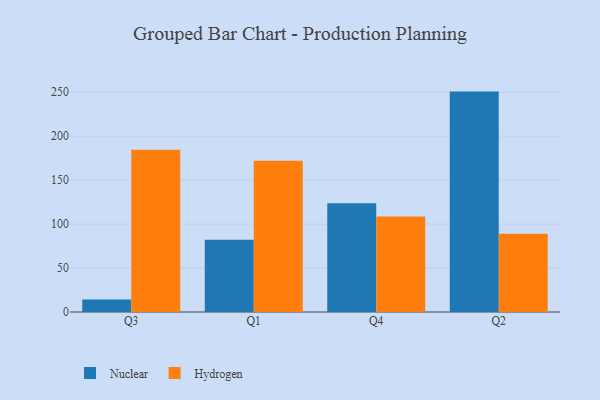
{"axis": {"x": "Quarter", "y": "Budget (USD K)"}, "legend": ["Hydrogen", "Nuclear"], "data": [{"x": "Q3", "y": 14.3, "type": "Nuclear"}, {"x": "Q3", "y": 184.5, "type": "Hydrogen"}, {"x": "Q1", "y": 82.3, "type": "Nuclear"}, {"x": "Q1", "y": 172.1, "type": "Hydrogen"}, {"x": "Q4", "y": 123.7, "type": "Nuclear"}, {"x": "Q4", "y": 108.7, "type": "Hydrogen"}, {"x": "Q2", "y": 250.7, "type": "Nuclear"}, {"x": "Q2", "y": 88.9, "type": "Hydrogen"}]}